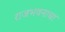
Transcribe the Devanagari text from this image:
राजभवनाचा